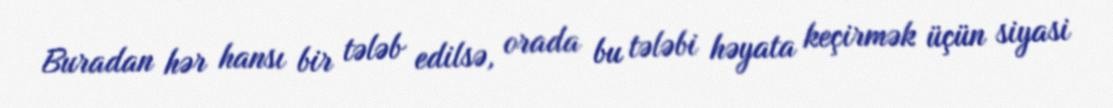
Buradan hər hansı bir tələb edilsə, orada bu tələbi həyata keçirmək üçün siyasi